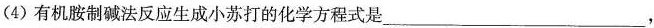
(4)有机胺制碱法反应生成小苏打的化学方程式是___，